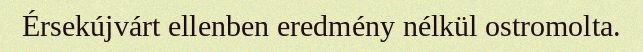
Érsekújvárt ellenben eredmény nélkül ostromolta.